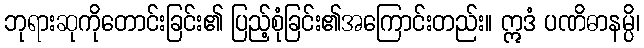
ဘုရားဆုကိုတောင်းခြင်း၏ ပြည့်စုံခြင်း၏အကြောင်းတည်း။ ဣဒံ ပဏိဓာနမ္ပိ၊